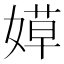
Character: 𰌐